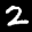
Label: 2